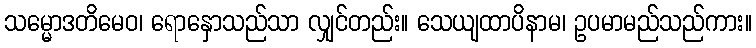
သမ္မောဒတိမေဝ၊ ရောနှောသည်သာ လျှင်တည်း။ သေယျထာပိနာမ၊ ဥပမာမည်သည်ကား။